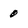
Character: 0